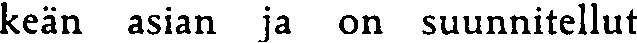
keän asian ja on suunnitellut